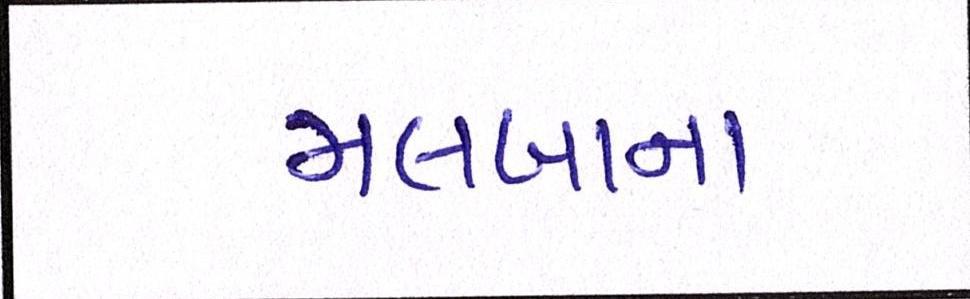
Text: મલબાના